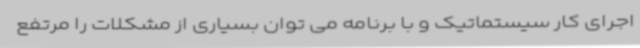
اجرای کار سیستماتیک و با برنامه می توان بسیاری از مشکلات را مرتفع